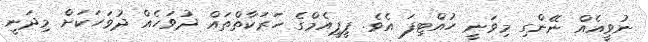
ނުވީއެއް ނޭންގި މިވަނީ ހުއްޓިފަ އެވެ. ޕީޕީއެމްގެ ހަރަކާތްތައް ދުވަހެއް ދުވަހަކަށް މިދަނީ